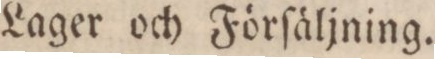
Lager och Förſäljning.